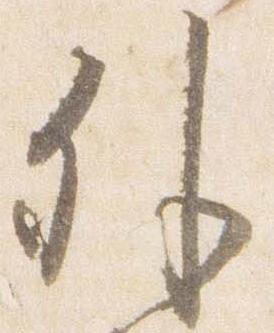
外